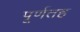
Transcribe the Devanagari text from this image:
पूर्णतह